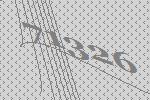
71326